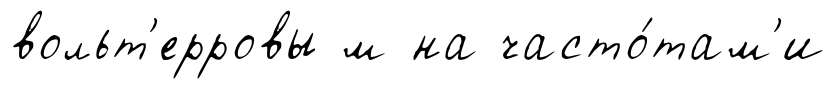
вольт'ерровы м на часто́там'и